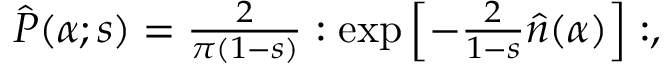
\begin{array} { r } { \hat { P } ( \alpha ; s ) = \frac { 2 } { \pi ( 1 - s ) } : \exp \left[ - \frac { 2 } { 1 - s } \hat { n } ( \alpha ) \right] : , } \end{array}